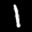
Label: 1